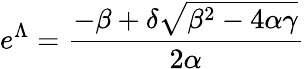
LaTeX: e^{\Lambda}=\frac{-\beta+\delta\sqrt{\beta^{2}-4\alpha\gamma}}{2\alpha}